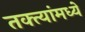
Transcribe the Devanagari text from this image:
तक्त्यांमध्ये